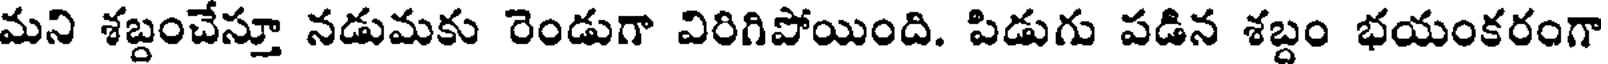
మని శబ్దంచేస్తూ నడుమకు రెండుగా విరిగిపోయింది. పిడుగు పడిన శబ్దం భయంకరంగా